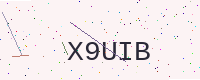
Text: X9UIB